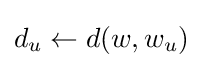
d_{u}\leftarrow d(w,w_{u})